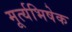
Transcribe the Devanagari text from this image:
मूर्त्यभिषेक